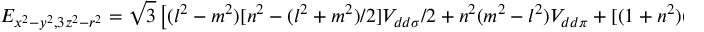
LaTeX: E _ { x ^ { 2 } - y ^ { 2 } , 3 z ^ { 2 } - r ^ { 2 } } = { \sqrt { 3 } } \left[ ( l ^ { 2 } - m ^ { 2 } ) [ n ^ { 2 } - ( l ^ { 2 } + m ^ { 2 } ) / 2 ] V _ { d d \sigma } / 2 + n ^ { 2 } ( m ^ { 2 } - l ^ { 2 } ) V _ { d d \pi } + [ ( 1 + n ^ { 2 } ) ( l ^ { 2 } - m ^ { 2 } ) / 4 ] V _ { d d \delta } \right]